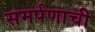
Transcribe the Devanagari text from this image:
समर्पणाची